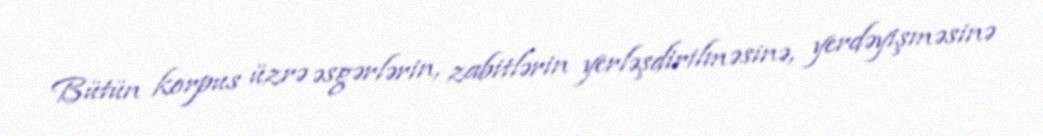
Bütün korpus üzrə əsgərlərin, zabitlərin yerləşdirilməsinə, yerdəyişməsinə